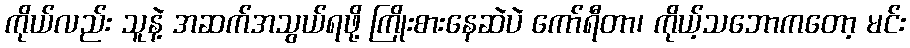
ကိုယ်လည်း သူနဲ့ အဆက်အသွယ်ရဖို့ ကြိုးစားနေဆဲပဲ ကော်ရီတာ၊ ကိုယ့်သဘောကတော့ မင်း